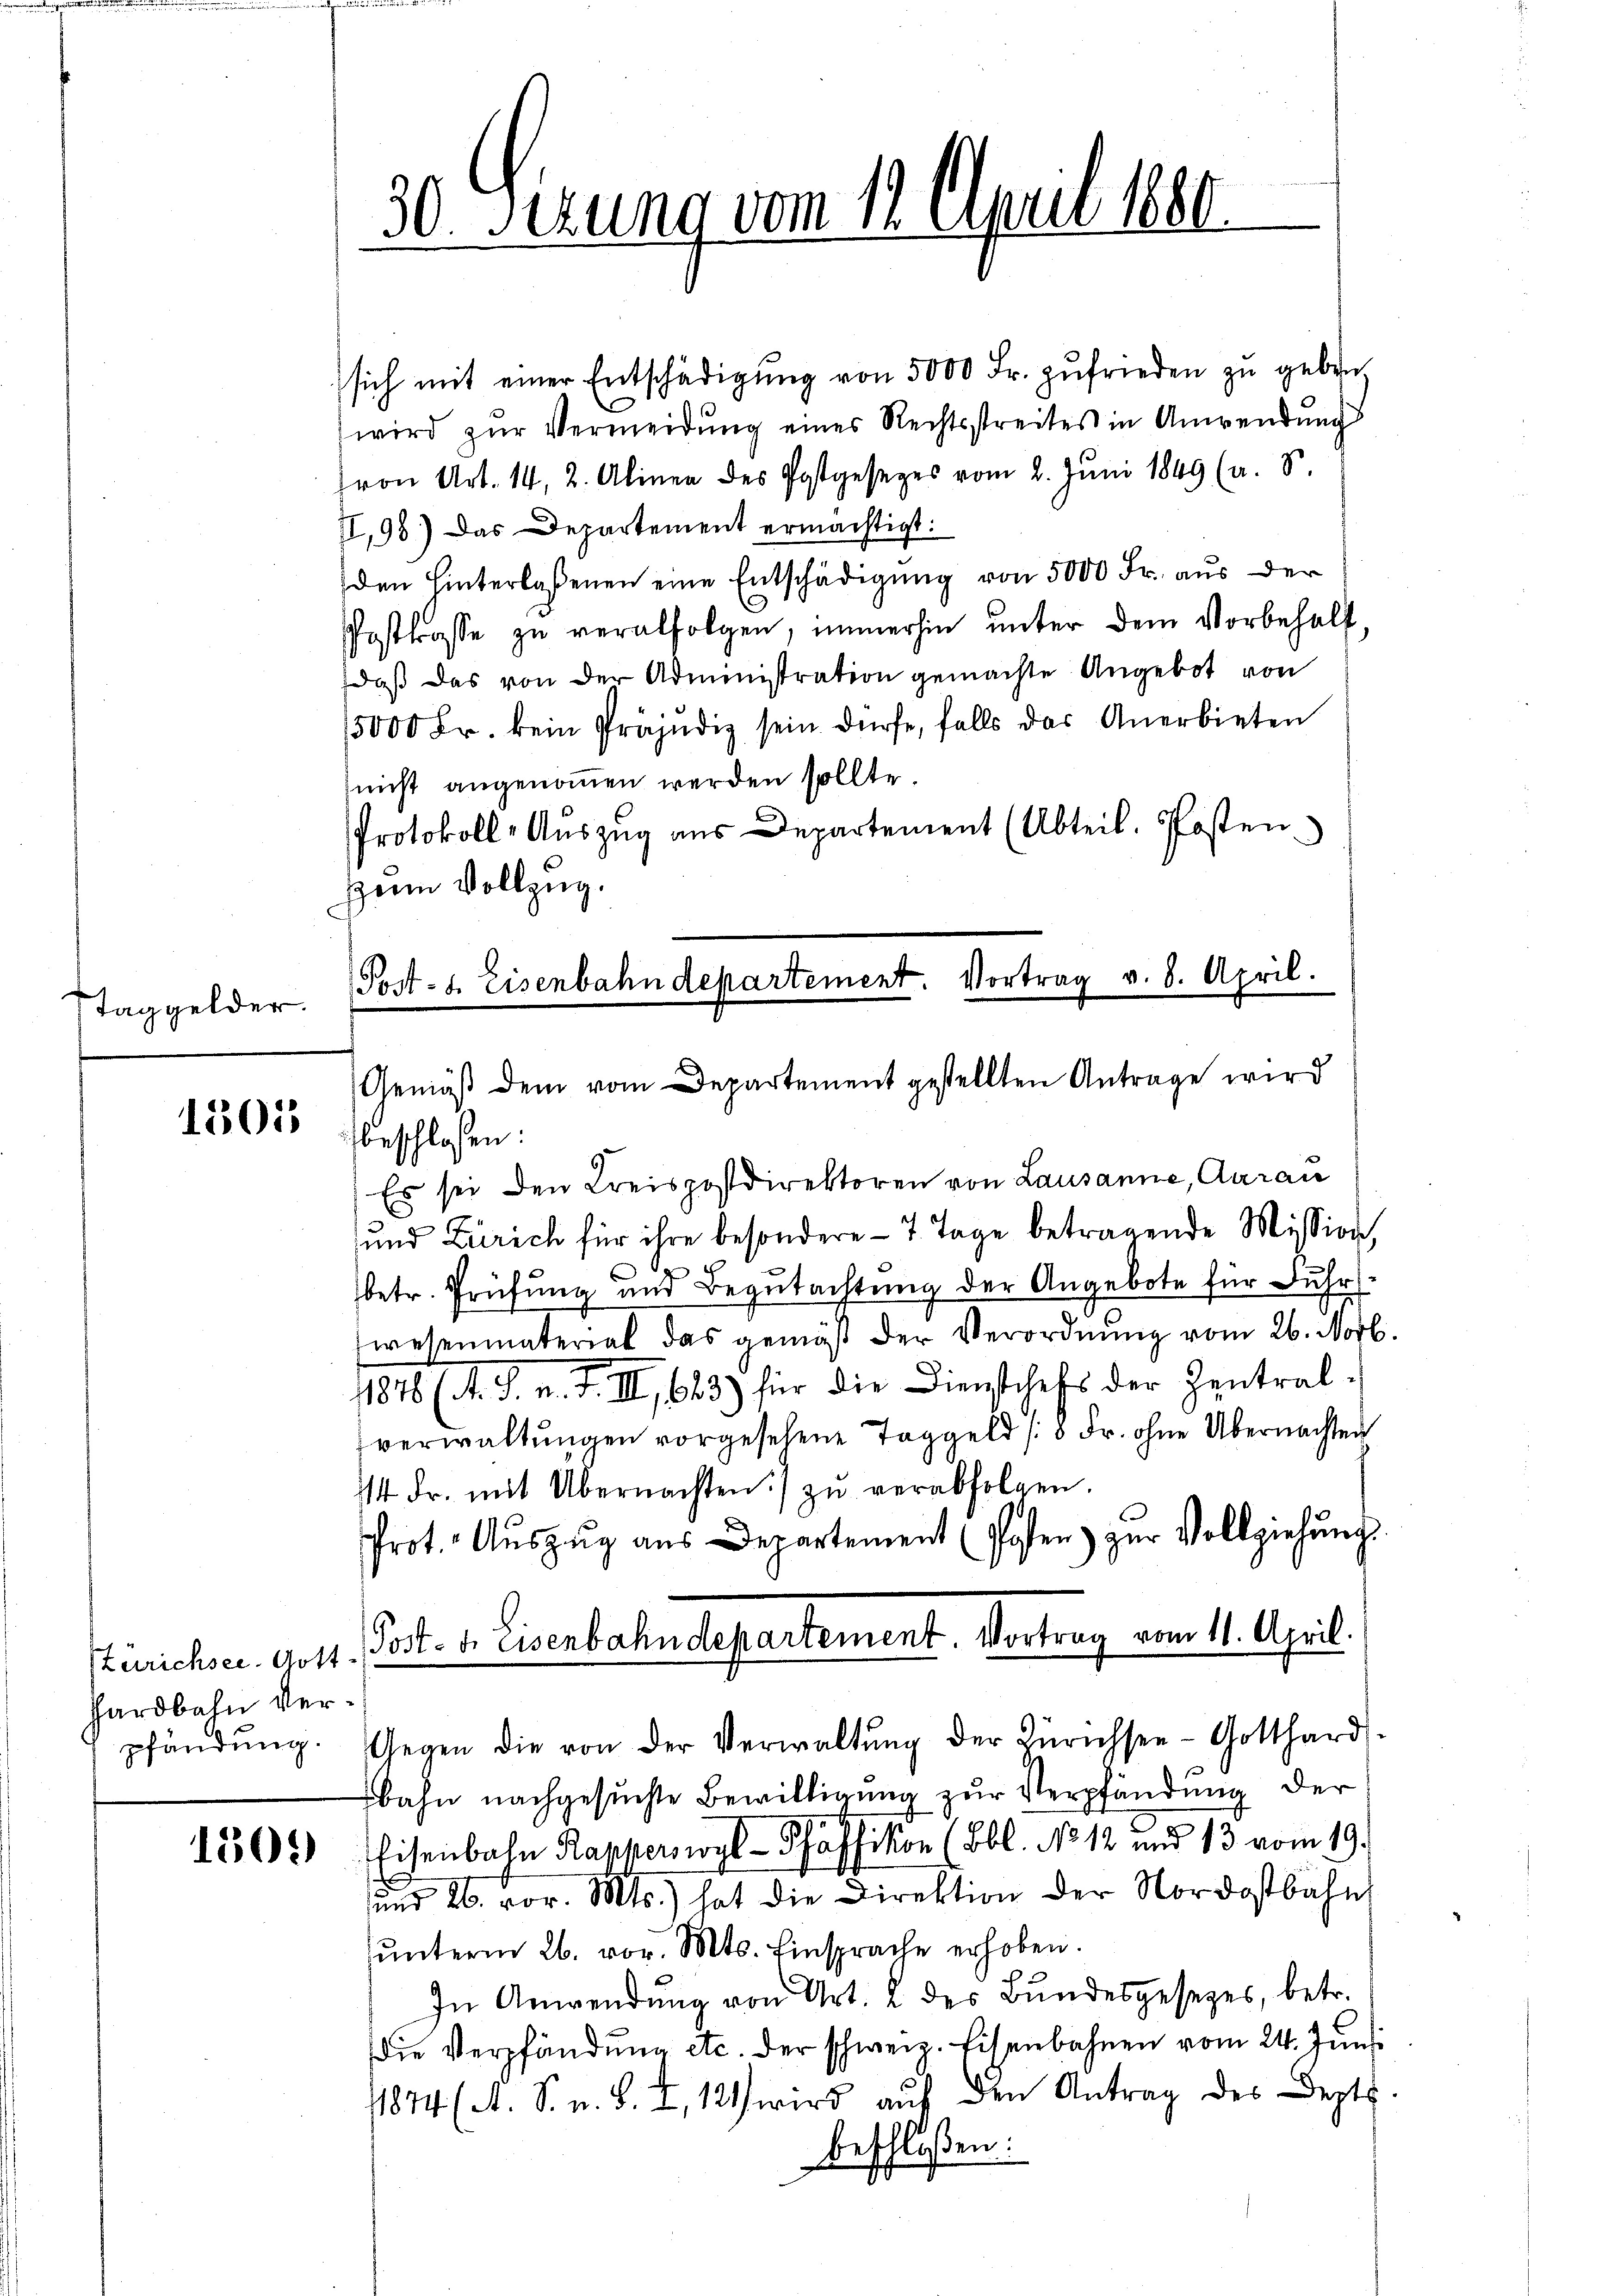
Taggelder.

1501

1502)

sich mit einer Entschädigŭng von 5000 Fr. zufrieden zŭ geben
wird zur Vermeidung eines Rechtsstreites in Anwendung
ron Art. 14, 2. Alinen des Postgesezes vom 2. Jŭni 1849 (a. S.
II,98) Das Departement ermächtigt:
den hinterlaßenen eine Entschädigung von 5000 Fr. aus der
Posttrasse zŭ verabfolgen, immerhin ŭnter dem Vorbehalt,
daβ das von der Administration gemachte Angebot von
5000 Fr. kein Präjudiz sein dürfe, falls das Anerbieten
nicht angenommen werden sollte.
Protokoll-Auszug aus Departement (Abteil. Posten
Her Vollzug.
Post- u. Eisenbahndepartement. Vortrag v. 8. April.

Gemäß dem vom Departement gestellten Antrage wird

Zürichsee. Gott-
hardbahn verpfändung.

30 Sezung vom 11. April 1880

beschlossen:
Es sei den Kreispostdirektoren von Lausanne, Aarau
und Zürich für ihre besondere - 7 Tage betragende Mission,
betr. Prüfung und Begutachtung der Angebote für Fuhr
wesenmaterial das gemäß der Verordnung vom 26. Norb.
1846 (s. S. n. F. II, 683) für die Dienschefs der Zentralverwaltungen vorgesehene Taggeld /8 Fr. ohne Übernachten
4 dr. mit Übernachten zŭ verabfolgen.
Prot. Aŭszŭg aŭs Departement (sofen zŭr Vollziehŭng
Post- u. Eisenbahndepartement. Vortrag vom 11. April.
Gegen die von der Verwaltŭng der Zürichsee-Gotthard.
bahn nachgesuchte Bewilligung zur Verpfändung der
Eisenbahn Rapperswyl - Pfäffikon (Bbl. No 12 und 13 vom 19.
und 26. vor. Mts.) hat die Direktion der Nordostbahn
ŭnterm 26. vor. Mts. Einsprache erhoben.
In Anwendung von Art. 2 des Bundesgesezes, betr.
Die Verpfändung etc. der schweiz. Eisenbahnen vom 24. Juni
11844 (A. S. u. B. I, 12 wird auf den Antrag des Dept.
beschloßen: